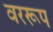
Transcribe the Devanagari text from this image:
वररूप